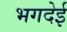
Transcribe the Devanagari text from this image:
भगदेई